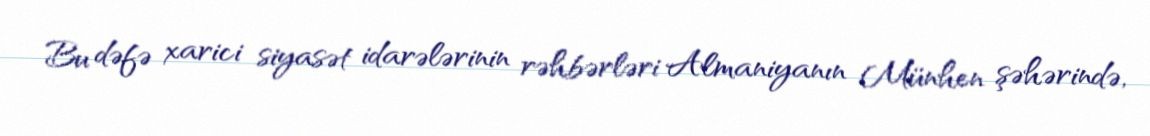
Bu dəfə xarici siyasət idarələrinin rəhbərləri Almaniyanın Münhen şəhərində,